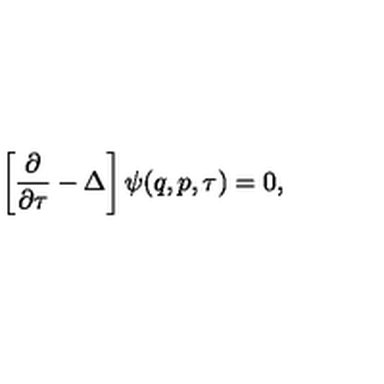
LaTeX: \left[ \frac { \partial } { \partial \tau } - \Delta \right] \psi ( q , p , \tau ) = 0 ,